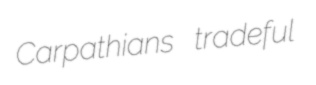
Carpathians tradeful